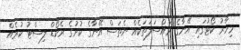
މިހާރު ކޯޓުގައި އޭނާގެ މައްސަލަތަކެއް ނެތަސް އޭނާގެ ކުށުގެ ރެކޯޑް ލިސްޓު ކުރެއް